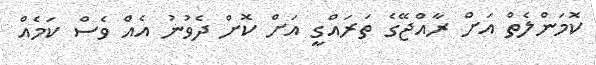
ކޮމަންލެތް އަށް ރާއްޖޭގެ ތަރައްގީ އަށް ކޮށް ދެވުނު އެއް ވެސް ކަމެއް